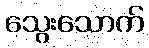
သွေးသောက်